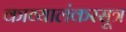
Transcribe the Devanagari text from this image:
काव्यालंकरसूत्र